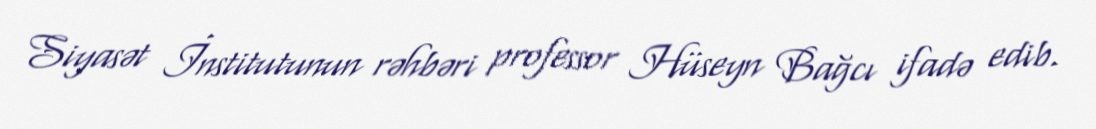
Siyasət İnstitutunun rəhbəri professor Hüseyn Bağcı ifadə edib.